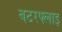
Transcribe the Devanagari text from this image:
बटरफ्लाइ